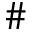
\#